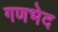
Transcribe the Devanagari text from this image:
गणभेद